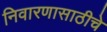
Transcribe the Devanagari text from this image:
निवारणासाठीचे